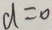
d = 0